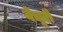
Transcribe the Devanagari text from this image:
वेंचूरी